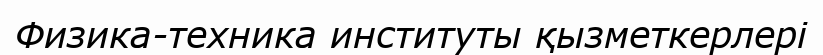
Физика-техника институты қызметкерлері